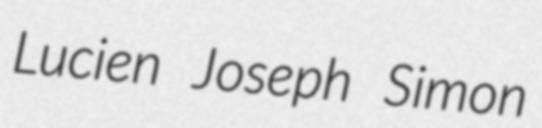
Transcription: Lucien Joseph Simon